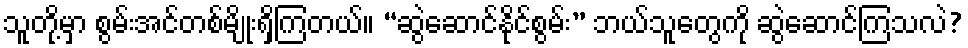
သူတို့မှာ စွမ်းအင်တစ်မျိုးရှိကြတယ်။ “ဆွဲဆောင်နိုင်စွမ်း” ဘယ်သူတွေကို ဆွဲဆောင်ကြသလဲ?